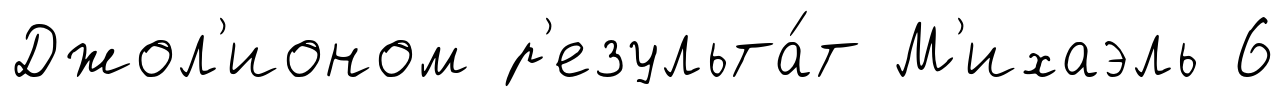
Джол'ионом р'езульта́т М'ихаэль 6